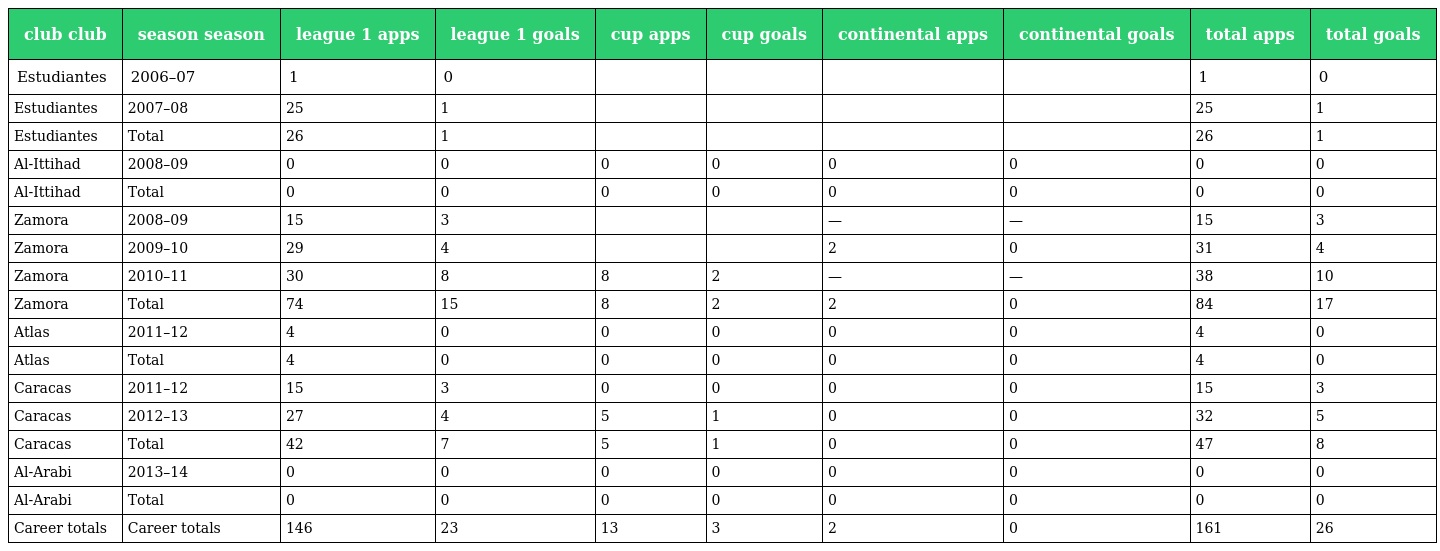
| club club | season season | league 1 apps | league 1 goals | cup apps | cup goals | continental apps | continental goals | total apps | total goals |
 | --- | --- | --- | --- | --- | --- | --- | --- | --- | --- |
 | Estudiantes | 2006–07 | 1 | 0 |  |  |  |  | 1 | 0 |
 | Estudiantes | 2007–08 | 25 | 1 |  |  |  |  | 25 | 1 |
 | Estudiantes | Total | 26 | 1 |  |  |  |  | 26 | 1 |
 | Al-Ittihad | 2008–09 | 0 | 0 | 0 | 0 | 0 | 0 | 0 | 0 |
 | Al-Ittihad | Total | 0 | 0 | 0 | 0 | 0 | 0 | 0 | 0 |
 | Zamora | 2008–09 | 15 | 3 |  |  | — | — | 15 | 3 |
 | Zamora | 2009–10 | 29 | 4 |  |  | 2 | 0 | 31 | 4 |
 | Zamora | 2010–11 | 30 | 8 | 8 | 2 | — | — | 38 | 10 |
 | Zamora | Total | 74 | 15 | 8 | 2 | 2 | 0 | 84 | 17 |
 | Atlas | 2011–12 | 4 | 0 | 0 | 0 | 0 | 0 | 4 | 0 |
 | Atlas | Total | 4 | 0 | 0 | 0 | 0 | 0 | 4 | 0 |
 | Caracas | 2011–12 | 15 | 3 | 0 | 0 | 0 | 0 | 15 | 3 |
 | Caracas | 2012–13 | 27 | 4 | 5 | 1 | 0 | 0 | 32 | 5 |
 | Caracas | Total | 42 | 7 | 5 | 1 | 0 | 0 | 47 | 8 |
 | Al-Arabi | 2013–14 | 0 | 0 | 0 | 0 | 0 | 0 | 0 | 0 |
 | Al-Arabi | Total | 0 | 0 | 0 | 0 | 0 | 0 | 0 | 0 |
 | Career totals | Career totals | 146 | 23 | 13 | 3 | 2 | 0 | 161 | 26 |